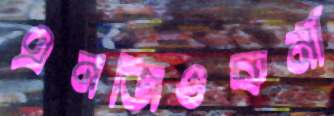
এনজিওকর্মী